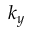
k _ { y }